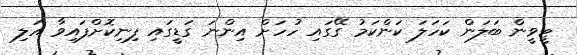
ޓީވީން ބަލަން ކަހަލަ ކަންކަމު ގޭގައި ހުހަށް އިންނަ ގަޑީގައި ފިނިކޮށްފައިވާ އަލި